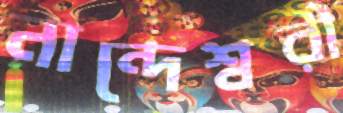
নান্দেশ্বরী